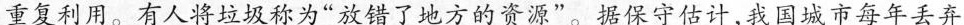
重复利用。有人将垃圾称为”放错了地方的资源”。据保守估计，我国城市每年丢弃